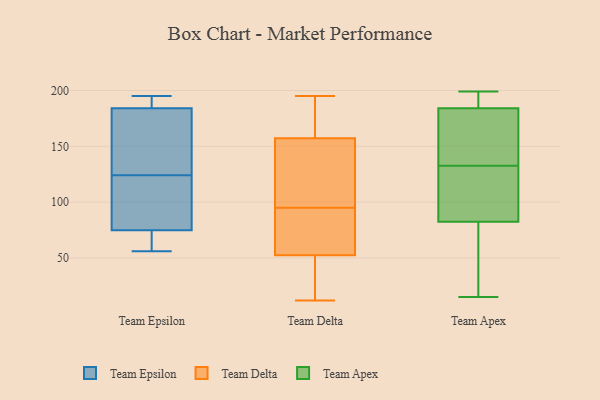
{"axis": {"x": "Shipments", "y": "Value"}, "legend": ["Team Apex", "Team Delta", "Team Epsilon"], "data": [{"x": "", "y": 194, "type": "Team Epsilon"}, {"x": "", "y": 90, "type": "Team Epsilon"}, {"x": "", "y": 195, "type": "Team Epsilon"}, {"x": "", "y": 74, "type": "Team Epsilon"}, {"x": "", "y": 128, "type": "Team Epsilon"}, {"x": "", "y": 68, "type": "Team Epsilon"}, {"x": "", "y": 91, "type": "Team Epsilon"}, {"x": "", "y": 75, "type": "Team Epsilon"}, {"x": "", "y": 183, "type": "Team Epsilon"}, {"x": "", "y": 56, "type": "Team Epsilon"}, {"x": "", "y": 174, "type": "Team Epsilon"}, {"x": "", "y": 187, "type": "Team Epsilon"}, {"x": "", "y": 124, "type": "Team Epsilon"}, {"x": "", "y": 161, "type": "Team Delta"}, {"x": "", "y": 186, "type": "Team Delta"}, {"x": "", "y": 75, "type": "Team Delta"}, {"x": "", "y": 95, "type": "Team Delta"}, {"x": "", "y": 44, "type": "Team Delta"}, {"x": "", "y": 28, "type": "Team Delta"}, {"x": "", "y": 89, "type": "Team Delta"}, {"x": "", "y": 12, "type": "Team Delta"}, {"x": "", "y": 22, "type": "Team Delta"}, {"x": "", "y": 45, "type": "Team Delta"}, {"x": "", "y": 146, "type": "Team Delta"}, {"x": "", "y": 195, "type": "Team Delta"}, {"x": "", "y": 163, "type": "Team Delta"}, {"x": "", "y": 104, "type": "Team Delta"}, {"x": "", "y": 135, "type": "Team Delta"}, {"x": "", "y": 105, "type": "Team Delta"}, {"x": "", "y": 188, "type": "Team Delta"}, {"x": "", "y": 81, "type": "Team Delta"}, {"x": "", "y": 82, "type": "Team Delta"}, {"x": "", "y": 101, "type": "Team Apex"}, {"x": "", "y": 199, "type": "Team Apex"}, {"x": "", "y": 122, "type": "Team Apex"}, {"x": "", "y": 64, "type": "Team Apex"}, {"x": "", "y": 199, "type": "Team Apex"}, {"x": "", "y": 133, "type": "Team Apex"}, {"x": "", "y": 137, "type": "Team Apex"}, {"x": "", "y": 194, "type": "Team Apex"}, {"x": "", "y": 61, "type": "Team Apex"}, {"x": "", "y": 189, "type": "Team Apex"}, {"x": "", "y": 132, "type": "Team Apex"}, {"x": "", "y": 107, "type": "Team Apex"}, {"x": "", "y": 36, "type": "Team Apex"}, {"x": "", "y": 179, "type": "Team Apex"}, {"x": "", "y": 15, "type": "Team Apex"}, {"x": "", "y": 159, "type": "Team Apex"}]}